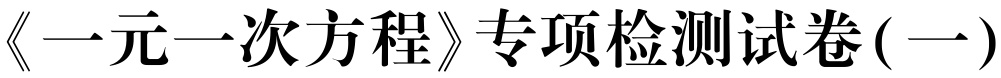
《一元一次方程》专项检测试卷(一)